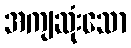
အကျဆုံးသော